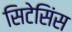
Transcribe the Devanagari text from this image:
सिटेसिंस